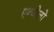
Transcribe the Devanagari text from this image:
एन्जेलो